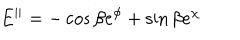
LaTeX: E ^ { | | } = - \cos \beta e ^ { \phi } + \sin \beta e ^ { \chi }